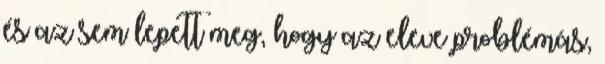
és az sem lepett meg, hogy az eleve problémás,